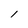
Character: l